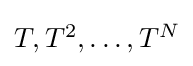
{\textstyle T,T^{2},\dots ,T^{N}}